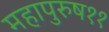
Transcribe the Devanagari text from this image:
महापुरुष११